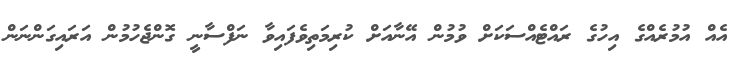
އެއް އުމުރެއްގެ އިހުގެ ރައްޓެއްސަކަށް ވުމުން އޭނާއަށް ކުރިމަތިވެފައިވާ ނަފްސާނީ ގޮންޖެހުމުން އަރައިގަންނަން